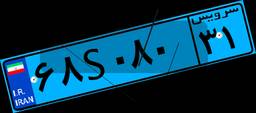
۶۸S۰۸۰۳۱